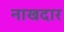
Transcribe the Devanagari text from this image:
नाखदार